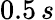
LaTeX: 0.5\, s